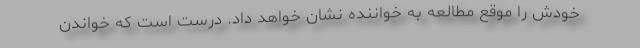
خودش را موقع مطالعه به خواننده نشان خواهد داد. درست است که خواندن